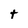
Character: t